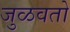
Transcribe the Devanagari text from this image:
जुळवतो